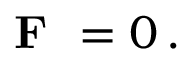
{ \textbf { F } } = 0 \, .